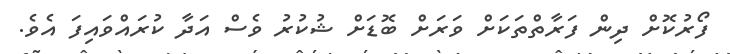
ފޯރުކޮށް ދިން ފަރާތްތަކަށް ވަރަށް ބޮޑަށް ޝުކުރު ވެސް އަދާ ކުރައްވައިފަ އެވެ.